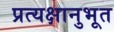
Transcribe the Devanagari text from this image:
प्रत्यक्षानुभूत